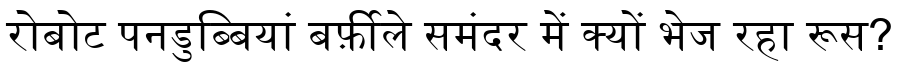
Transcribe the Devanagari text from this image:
रोबोट पनडुब्बियां बर्फ़ीले समंदर में क्यों भेज रहा रूस?